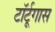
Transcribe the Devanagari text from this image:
टॉर्टूगास